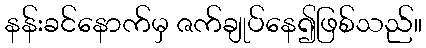
နန်းခင်နောက်မှ ဇက်ချုပ်နေ၍ဖြစ်သည်။